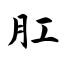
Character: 肛